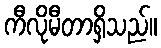
ကီလိုမီတာရှိသည်။